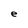
Character: e